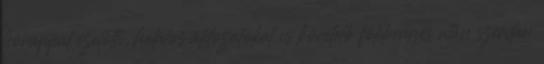
hónappal ezelőtti, halálos áldozatokat is követelő földrengés után szerdán